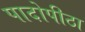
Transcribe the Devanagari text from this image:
पादोपीठा